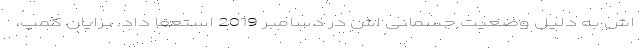
اش به دلیل وضعیت جسمانی اش در دسامبر 2019 استعفا داد. برایان کمپ،